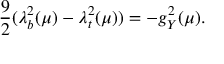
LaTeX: \frac { 9 } { 2 } ( \lambda _ { b } ^ { 2 } ( \mu ) - \lambda _ { t } ^ { 2 } ( \mu ) ) = - g _ { Y } ^ { 2 } ( \mu ) .